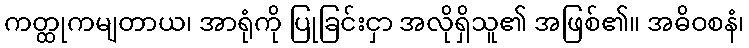
ကတ္ထုကမျတာယ၊ အာရုံကို ပြုခြင်းငှာ အလိုရှိသူ၏ အဖြစ်၏။ အဓိဝစနံ၊